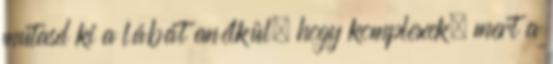
mutasd ki a lábát anélkül, hogy komplexek, mert a